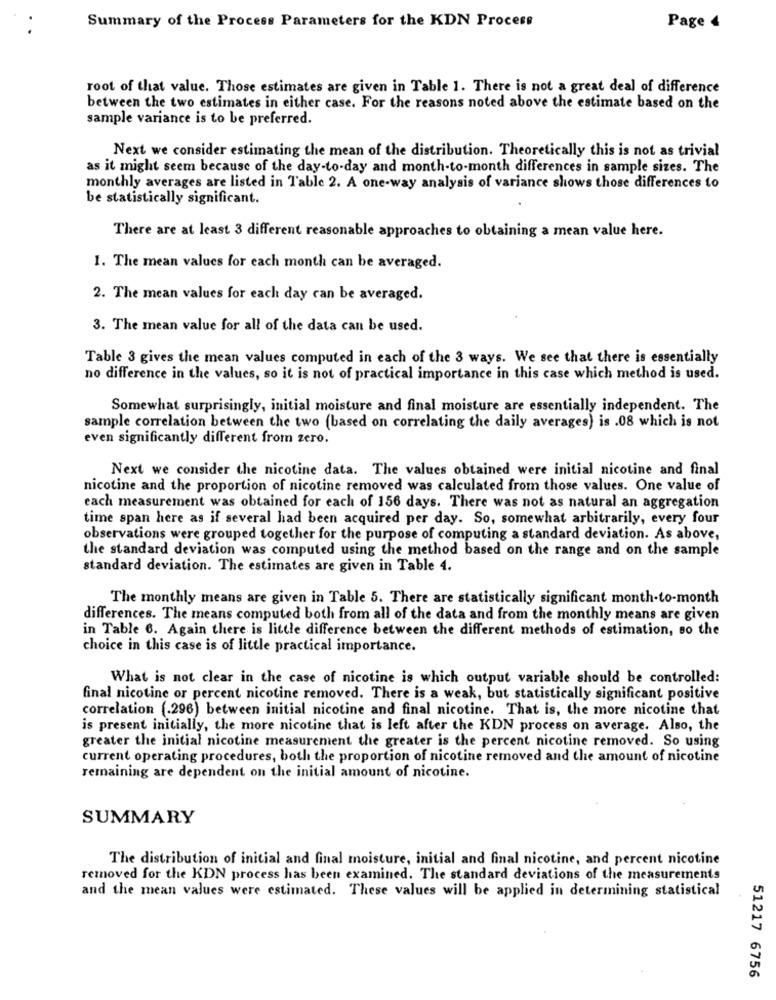
Summary of the Process Parameters for the KDN Process
Page 4
root of that value. Those estimates are given in Table 1. There is not a great deal of difference
between the two estimates in either case. For the reasons noted above the estimate based on the
sample variance is to be preferred.
Next we consider estimating the mean of the distribution. Theoretically this is not as trivial
as it might seem because of the day-to-day and month-to-month differences in sample sizes. The
monthly averages are listed in Table 2. A one-way analysis of variance shows those differences to
be statistically significant.
There are at least 3 different reasonable approaches to obtaining a mean value here.
1. The mean values for each month can be averaged.
2. The mean values for each day can be averaged.
3. The mean value for all of the data can be used.
Table 3 gives the mean values computed in each of the 3 ways. We see that there is essentially
no difference in the values, so it is not of practical importance in this case which method is used.
Somewhat surprisingly, initial moisture and final moisture are essentially independent. The
sample correlation between the two (based on correlating the daily averages) is .08 which is not
even significantly different from zero.
Next we consider the nicotine data. The values obtained were initial nicotine and final
nicotine and the proportion of nicotine removed was calculated from those values. One value of
each measurement was obtained for each of 156 days. There was not as natural an aggregation
time span here as if several had been acquired per day. So, somewhat arbitrarily, every four
observations were grouped together for the purpose of computing a standard deviation. As above,
the standard deviation was computed using the method based on the range and on the sample
standard deviation. The estimates are given in Table 4.
The monthly means are given in Table 5. There are statistically significant month-to-month
differences. The means computed both from all of the data and from the monthly means are given
in Table 6. Again there is little difference between the different methods of estimation, so the
choice in this case is of little practical importance.
What is not clear in the case of nicotine is which output variable should be controlled:
final nicotine or percent nicotine removed. There is a weak, but statistically significant positive
correlation (.296) between initial nicotine and final nicotine. That is, the more nicotine that
is present initially, the more nicotine that is left after the KDN process on average. Also, the
greater the initial nicotine measurement the greater is the percent nicotine removed. So using
current operating procedures, both the proportion of nicotine removed and the amount of nicotine
remaining are dependent on the initial amount of nicotine.
SUMMARY
The distribution of initial and final moisture, initial and final nicotine, and percent nicotine
removed for the KDN process has been examined. The standard deviations of the measurements
and the mean values were estimated. These values will be applied in determining statistical
51217 6756